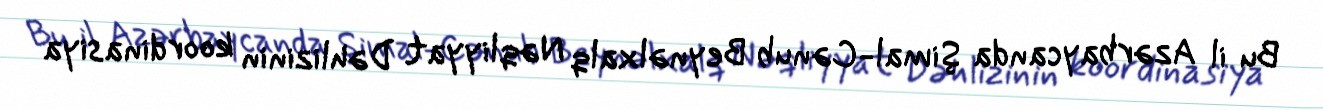
Bu il Azərbaycanda Şimal-Cənub Beynəlxalq Nəqliyyat Dəhlizinin koordinasiya